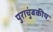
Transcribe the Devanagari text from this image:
पुराचुंबकीय